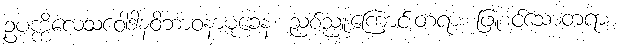
ဥပက္ကိလေသဝေါဒါနဝိဘာဝနာမုခေန၊ ညစ်ညူးကြောင်းတရား ဖြူစင်သောတရား